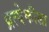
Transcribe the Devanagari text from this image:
प्रत्येकीला